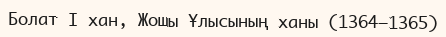
Болат I хан, Жошы Ұлысының ханы (1364—1365)